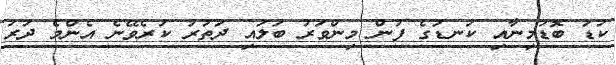
ކުޑަ ބޮޑުމިނާއި ކަނޑުގެ ފުން މިންވަރު ބަލައި ދަތުރު ކުރެވޭނެ އެންމެ ދުރު